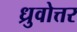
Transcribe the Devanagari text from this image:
ध्रुवोत्तर